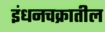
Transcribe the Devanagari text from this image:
इंधनचक्रातील